Report on sanitation, dispensaries, and jails in Rajputana for 1921, and on vaccination for the year 1921-1922 - 1921-1922
Year: 1921
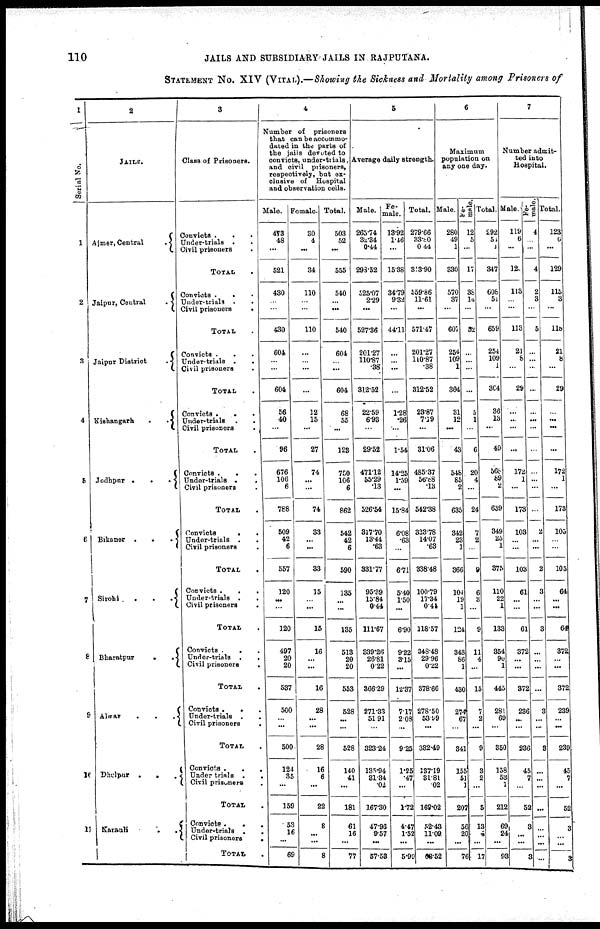
110
JAILS AND SUBSIDIARY JAILS IN RAJPUTANA.
STATEMENT No. XIV (VITAL).—Showing the Sickness and Mortality among Prisoners of
1
Serial No.
1
2
3
4
5
6
7
8
9
10
11
2
JAILS.
Ajmer,
Central.
Jaipur, Central
.
Jaipur District
.
Kishangarh
..
Jodhpur
...
Bikaner
...
Sirohi
...
Bharatpur
..
Alwar
...
Dhelpur
...
Karach
..
3
Class of Prisoners.
Convicts ...
Under-trials ...
Civil prisoners.
TOTAL .
Convicts ...
Under-trials ..
Civil prisoners
.
TOTAL .
Convicts ..
Under-trials ..
Civil prisoners .
TOTAL .
Convicts
..
Under-trials
..
Civil prisoners .
TOTAL .
Convicts
..
Under-trials
..
Civil prisoners.
TOTAL .
Convicts
..
Under-trials
..
Civil prisoners .
TOTAL .
Convicts
...
Under-trials
..
Civil prisoners
.
TOTAL .
Convicts
..
Under-trials
..
Civil prisoners
.
TOTAL .
Convicts
...
Under-trials ..
Civil prisoners .
TOTAL .
Convicts
...
Under trials
..
Civil prisoners .
TOTAL .
Convicts
...
Under-trials
..
Civil prisoners
.
TOTAL .
4
Number of
prisoners
that can be accommo-
dated in the parts of
the jails devoted to
convicts, under-trials,
and civil prisoners,
respectively, but ex-
clusive of
Hospital
and observation cells.
Male.
473
48
...
521
430
...
...
430
604
...
...
604
56
40
...
96
676
106
6
788
509
42
6
557
120
...
...
120
497
20
20
537
500
...
...
500
124
35
...
159
53
16
...
69
Female.
30
4
...
34
110
...
...
110
...
...
...
...
12
15
...
27
74
...
...
74
33
...
...
33
15
...
...
15
16
...
...
16
28
...
...
28
16
6
...
22
8
...
...
8
Total.
503
52
...
555
540
...
...
540
604
...
...
604
68
55
...
123
750
106
6
862
542
42
6
590
135
...
...
135
513
20
20
553
528
...
...
528
140
41
...
181
61
16
...
77
5
Average daily strength.
Male.
265.74
32.34
0.44
298.52
525.07
2.29
...
527.36
201.27
110.87
.38
312.52
22.59
6.93
...
29.52
471.12
55.29
.13
526.54
317.70
13.44
.63
331.77
95.39
15.84
0.44
111.67
339.26
26.81
0.22
366.29
271.33
51.91
...
323.24
135.94
31.34
.02
167.30
47.96
9.57
...
57.53
Fe-
male.
13.92
1.46
...
15.38
34.79
9.32
...
44.11
...
...
...
...
1.28
.26
...
1.54
14.25
1.59
...
15.84
6.08
.63
...
6.71
5.40
1.50
...
6.90
9.22
3.15
...
12.37
7.17
2.03
...
9.25
1.25
.47
...
1.72
4.47
1.52
...
5.99
Total.
279.66
33.80
0.44
313.90
559.86
11.61
...
571.47
201.27
110.87
.38
312.52
23.87
7.19
...
31.06
485.37
56.88
.13
542.38
323.78
14.07
.63
338.48
100.79
17.34
0.44
118.57
348.48
29.96
0.22
378.66
278.50
53.99
...
332.49
137.19
3l.8l
.02
169.02
52.43
11.09
...
06.52
6
Maximum
population on
any one day.
Male.
280
49
1
330
570
37
...
607
254
109
1
364
31
12
...
43
548
85
2
635
342
23
1
366
104
19
1
124
343
86
1
430
274
67
...
341
155
51
1
207
56
20
...
76
Fe-
male.
12
5
...
17
38
14
...
52
...
...
...
...
5
1
...
6
20
4
...
24
7
2
...
9
6
3
...
9
11
4
...
15
7
2
...
9
3
2
...
5
13
4
...
17
Total.
292
51
1
347
608
51
...
659
254
109
1
364
36
13
...
49
568
89
2
659
349
25
1
375
110
22
1
133
354
90
1
445
281
69
...
350
158
53
1
212
69
24
...
93
7
Number admit-
ted into
Hospital.
Male.
119
6
...
12
113
...
...
113
21
8
...
29
...
...
...
...
172
1
...
173
103
...
...
103
61
...
...
61
372
...
...
372
236
...
...
236
45
7
...
52
3
...
...
3
Fe-
male
4
...
...
4
2
3
...
5
...
...
...
...
...
...
...
...
...
...
...
...
2
...
...
2
3
...
...
3
...
...
...
...
3
...
...
3
...
...
...
...
...
...
...
...
Total.
123
6
...
129
115
3
...
118
21
...
...
29
...
...
...
...
172
1
...
173
105
...
...
105
64
...
...
64
372
...
...
372
239
...
...
239
45
7
...
52
3
3
...
3